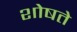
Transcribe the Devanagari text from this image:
शोषते